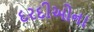
દરદીઓના